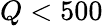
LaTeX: Q<500